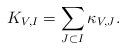
LaTeX: \begin{align*}K_{V,I} = \sum_{J\subset I} \kappa_{V, J}.\end{align*}